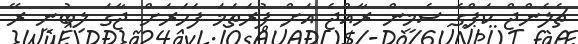
ޗެލެންޖް ކަޕްގެ ސެމީން ރާއްޖެ އަށް ފުރަތަމަ ފަހަރަށް ޖާގަ ލިބުނީ ރޭ